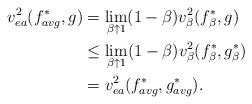
LaTeX: \begin{align*} v_{ea}^2(f_{avg}^*,g)&=\lim_{\beta\uparrow 1} (1-\beta) v_\beta^2(f_\beta^*,g)\\&\leq \lim_{\beta\uparrow 1} (1-\beta)v_\beta^2(f_\beta^*,g_\beta^*)\\&=v_{ea}^2(f^*_{avg},g^*_{avg}).\end{align*}